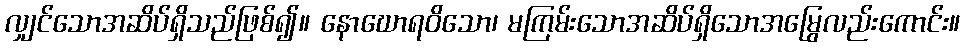
လျှင်သောအဆိပ်ရှိသည်ဖြစ်၍။ နောဃောရဝိသော၊ မကြမ်းသောအဆိပ်ရှိသောအမြွေလည်းကောင်း။